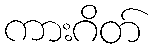
ကားဂိတ်